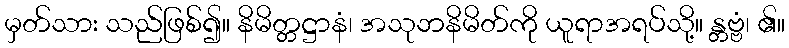
မှတ်သား သည်ဖြစ်၍။ နိမိတ္တဋ္ဌာနံ၊ အသုဘနိမိတ်ကို ယူရာအရပ်သို့။ န္တဗ္ဗံ၊ ၏။